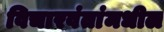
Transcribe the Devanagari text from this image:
विचारवंतांमधील